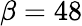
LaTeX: \beta=48